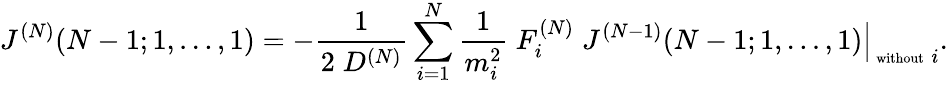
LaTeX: J^{(N)}(N-1;1,\ldots,1)=-\frac{1}{2\; D^{(N)}}\sum_{i=1}^{N}\frac{1}{m_{i}^{2}}\; F_{i}^{(N)}\; \left.J^{(N-1)}(N-1;1,\ldots,1)\right|_{\mathrm{\scriptsize~without}\; i}.